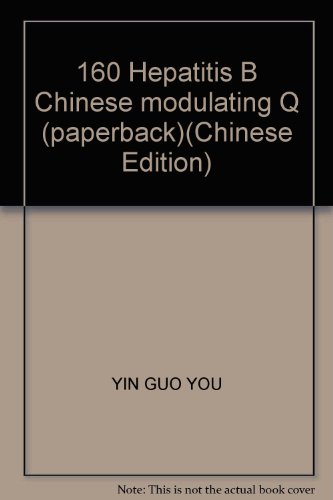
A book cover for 160 Hepatitis B Chinese modulating Q (paperback); YIN GUO YOU; Health, Fitness & Dieting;